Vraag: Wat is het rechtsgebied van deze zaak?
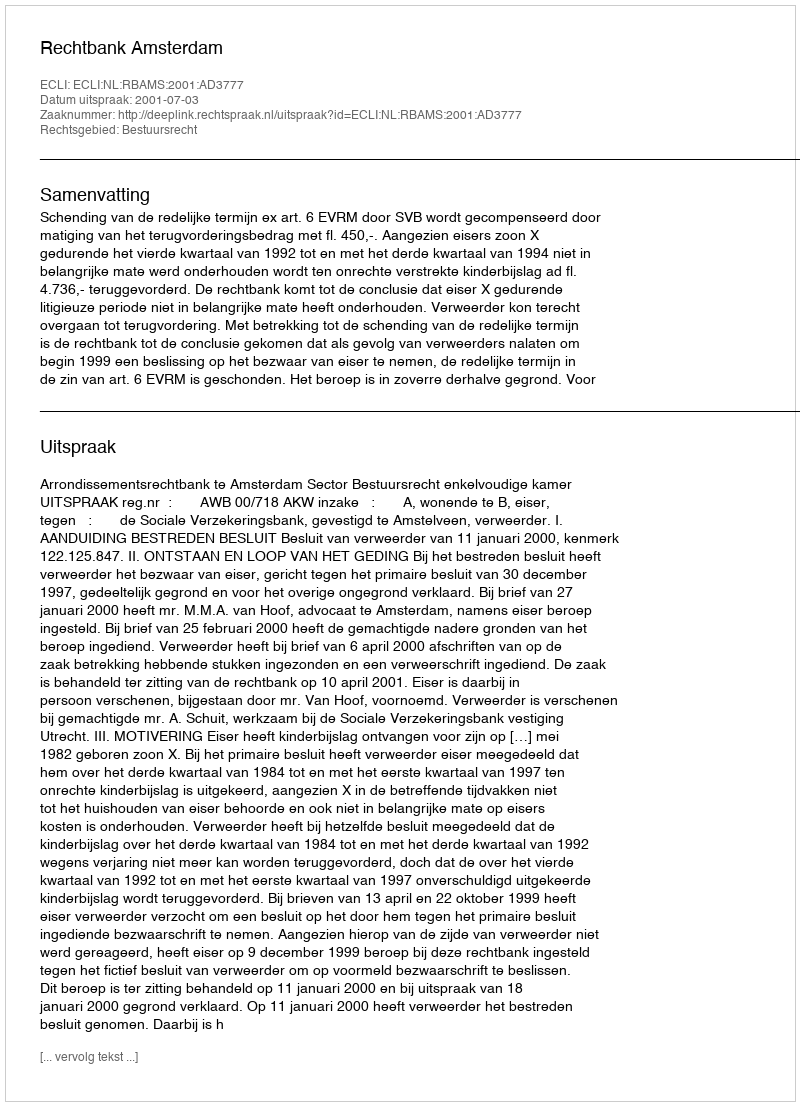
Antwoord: Bestuursrecht